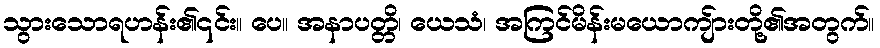
သွားသောရဟန်း၏၎င်း။ ပေ။ အနာပတ္တိ၊ ယေသံ၊ အကြင်မိန်းမယောကျ်ားတို့၏အတွက်။